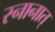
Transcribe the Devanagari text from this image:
स्नानात्